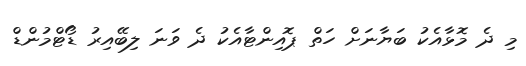
މި ދެ މޮޅާއެކު ބަޔާނަށް ހަތް ޕޮއިންޓާއެކު ދެ ވަނަ ލިބޭއިރު ޑޯޓްމުންޑް